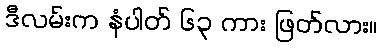
ဒီလမ်းက နံပါတ် ၆၃ ကား ဖြတ်လား။